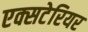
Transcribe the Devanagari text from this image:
एक्सटेरियर